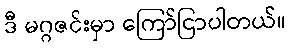
ဒီ မဂ္ဂဇင်းမှာ ကြော်ငြာပါတယ်။